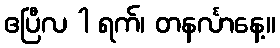
ဧပြီလ 1 ရက်၊ တနင်္လာနေ့။